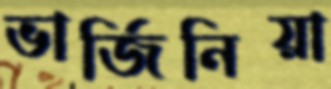
ভার্জিনিয়া